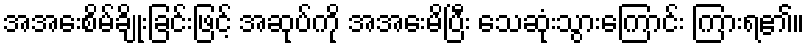
အအေးစိမ်ချိုးခြင်းဖြင့် အဆုပ်ကို အအေးမိပြီး သေဆုံးသွားကြောင်း ကြားရ၏။